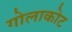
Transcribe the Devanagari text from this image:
गोलाकोट